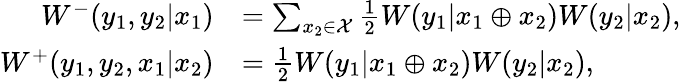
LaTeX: \begin{array}{rl}{W^{-}(y_{1},y_{2}|x_{1})}&{=\sum_{x_{2}\in\mathcal{X}}\frac{1}{2}W(y_{1}|x_{1}\oplus x_{2})W(y_{2}|x_{2}),}\\ {W^{+}(y_{1},y_{2},x_{1}|x_{2})}&{=\frac{1}{2}W(y_{1}|x_{1}\oplus x_{2})W(y_{2}|x_{2}),}\end{array}